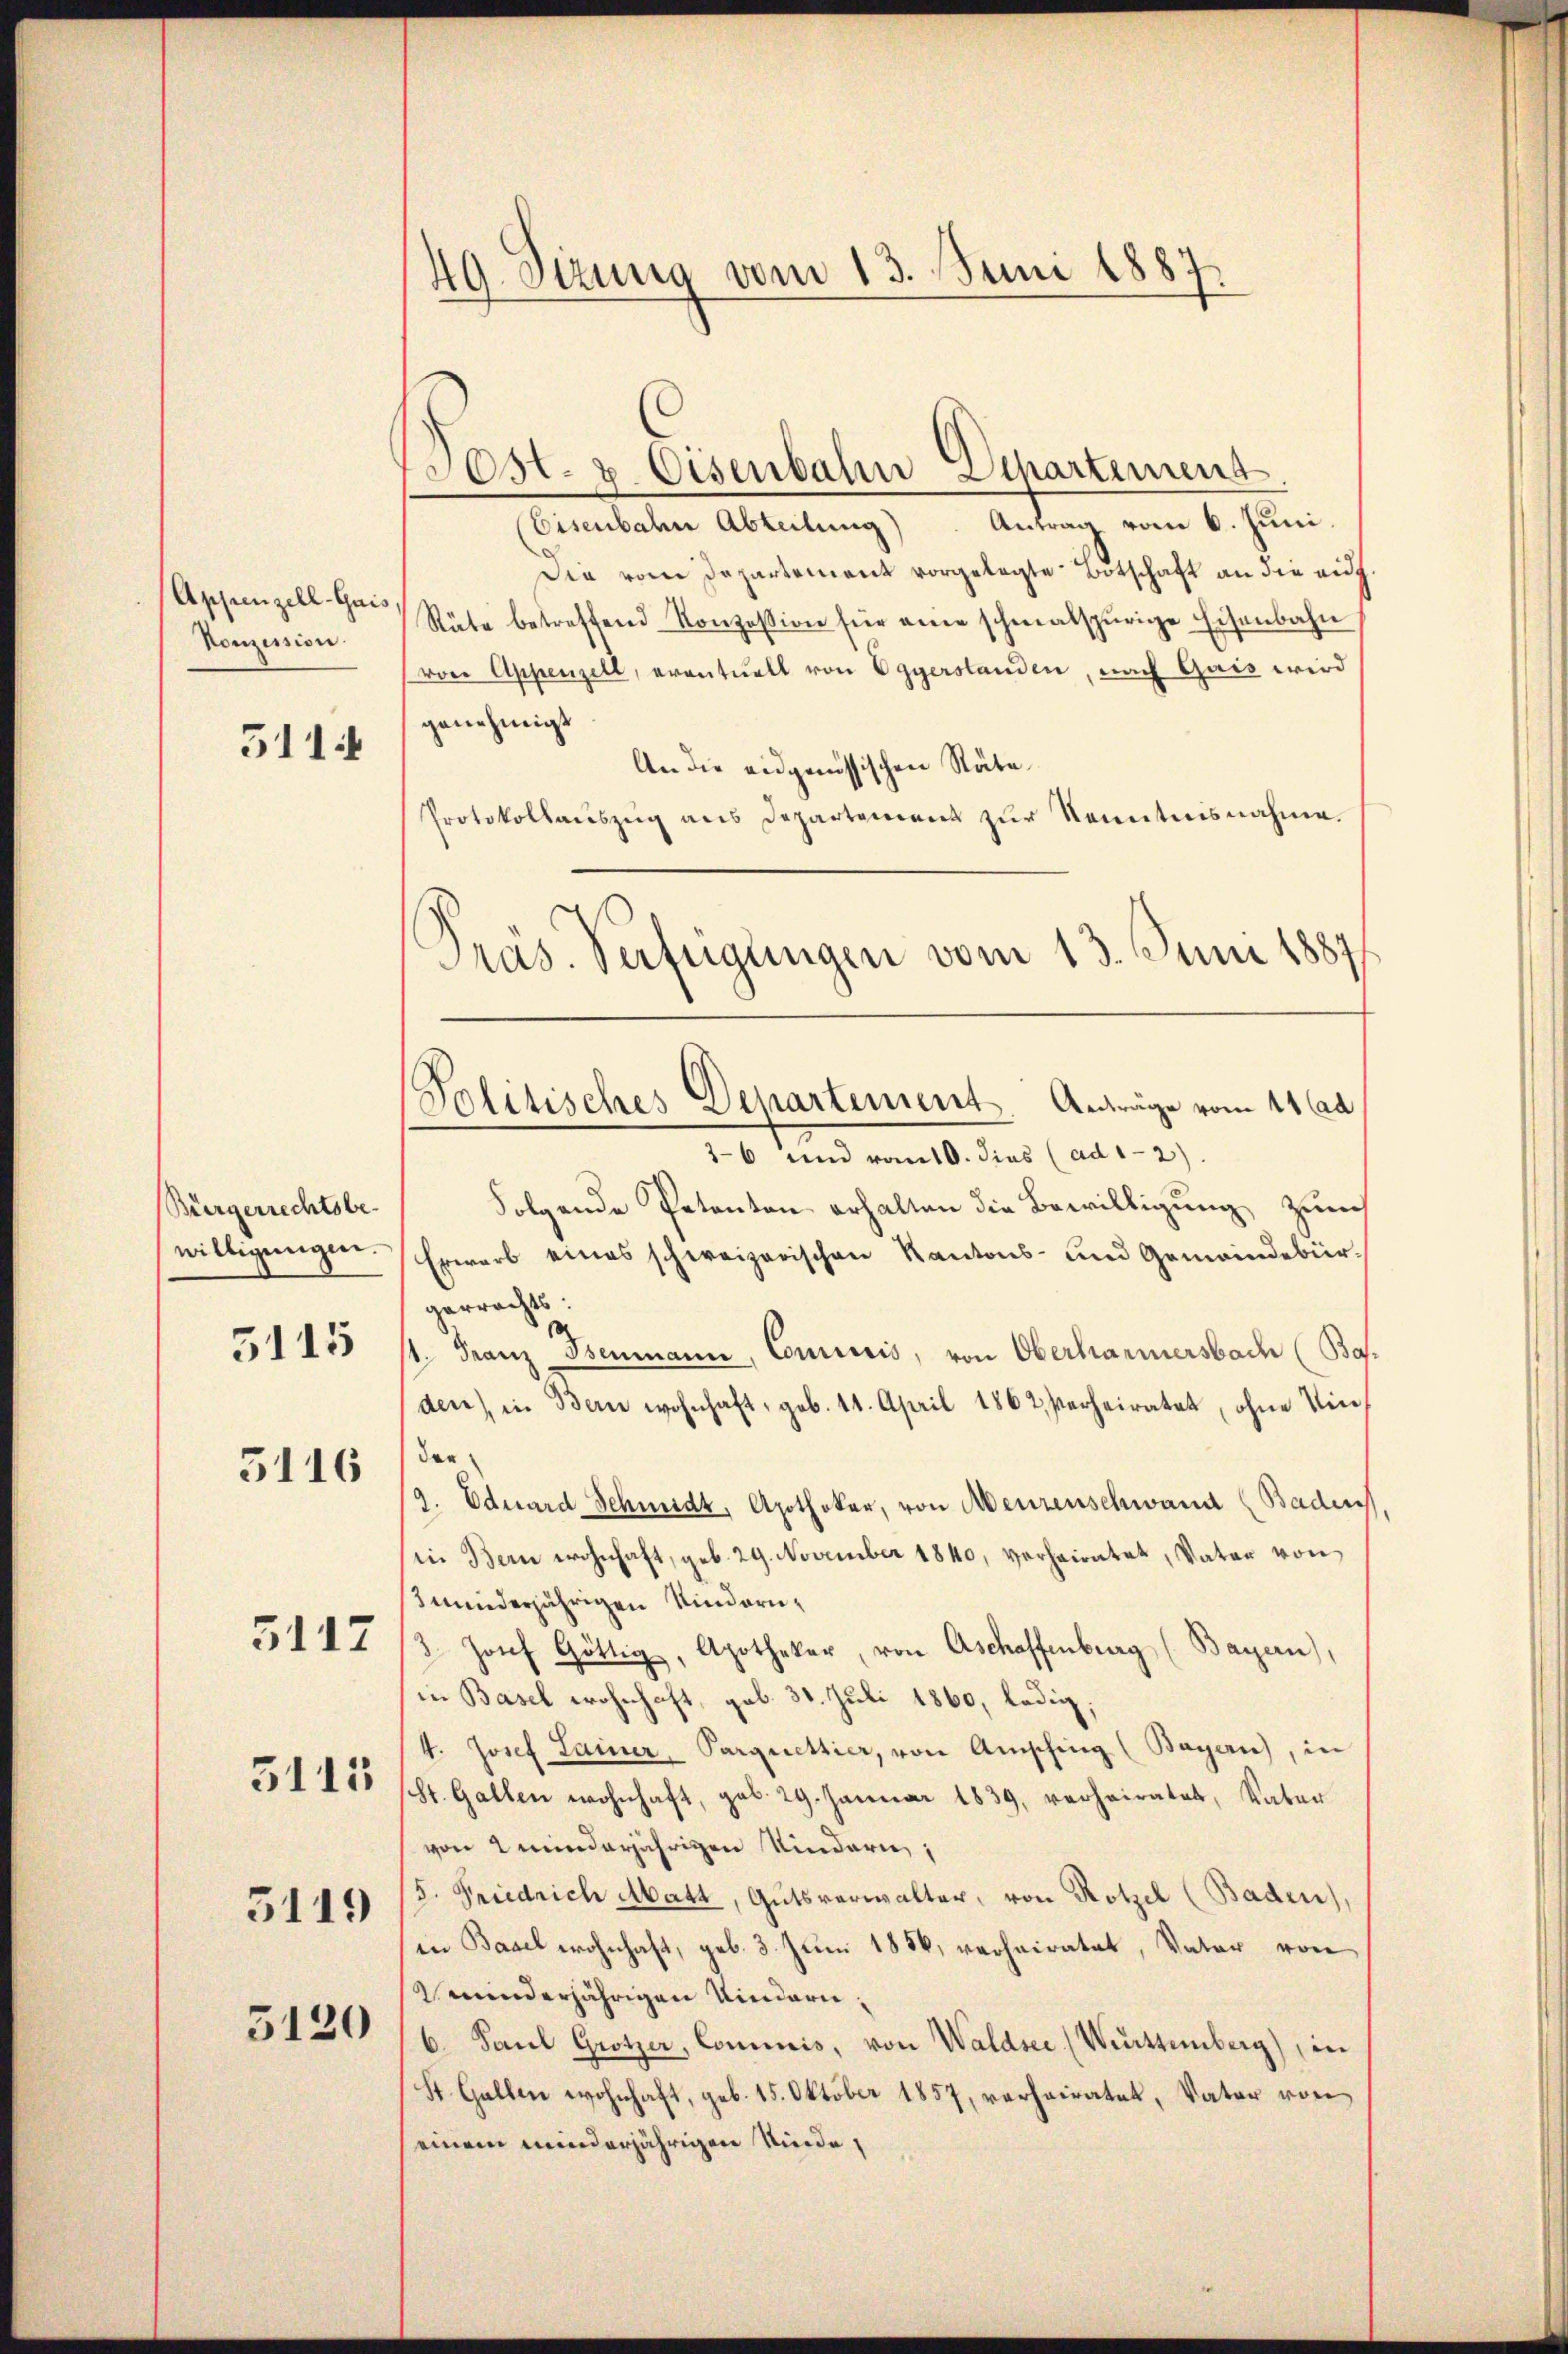
Appenzell-Gais
Konzession.

511.

Bürgerrechtsbe-
willigungen.
5115

3116

5117

3115

5119

5120

49. Sizung vom 13. Juni 1887.

Eisenbahn Abteilung). Antrag vom 6. Juni.
Die vom Departement vorgelegte Botschaft an die auch
Rüte betreffend Konzession für eine schmalspurige Eisenbahn
von Appenzell, eventuell von Eggerstanden, nach Gais wird
genehmigt.
An die eidgenössischen Räte
Protokollaŭszŭg ans Departement zŭr Kenntnisnahme.
36 und vom 10. dies (ad 1-2)
Folgende Petenton erhalten die Bewilligung Zürch
Erwarb eines schweizerischen Kantons- und Gemeindebürgerrechts:
st. Franz Isenmann, Convicis, von Oberhammersbach (Bas.
den, in Bern wohnhaft, geb. 11. April 1862 verheiratet, ohne Vinder
9. Eduard Schmidt, Apothokar, von Meurenschwand (Badens
in Bern wohnhaft, geb. 29. November 1840, verheiratet, Vater von
uniederjährigen Kindern¬
3. Josef Göttig, Apothekar, von Aschaffenburg (Bayern),
in Basel wohnhaft, gab. 31. Juli 1860, ledig,
4. Josef Lainer, Parquettier, von Ansching (Bayern), in
St. Gallen wohnhaft, geb. 29. Januar 1839, verheiratet, Vater
von 2 minderjährigen Kindern,
5. Friedrich Abatt, Gutsverwalter, von Rotzel (Baden),
in Basel wohnhaft, geb. 3. Juni 1856, verheiratet, Vater von
2 minderjährigen Kindern,
6. Paul Grotzer, Commis, von Waldsee (Wettemberg) in
St. Gallen wohnhaft, geb. 15. Oktober 1857, verheiratet, Vater von
einem minderjährigen Niede

Post- u. Eisenbahn Departement

.
Präs. Verfügungen vom 13. Juni 1887
Politisches Departement. Anträge vom 14 ad